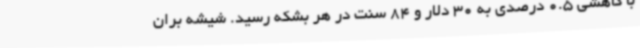
با کاهشی 0.5 درصدی به 30 دلار و 84 سنت در هر بشکه رسید. شیشه بران